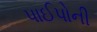
પાઈપોની